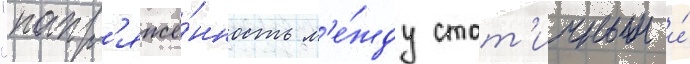
"напр'яжё́нность м'е́жду стат'ичным и́